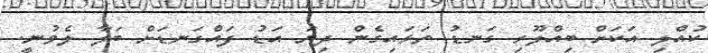
ކުއްލި އަކަށް ބިއްލޫރި ގަނޑު ތަޅައިގެން ދިޔަ އަޑު ފައްގަނޑަށް ބަލާ ލެވުނީ.